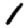
Digit: 1